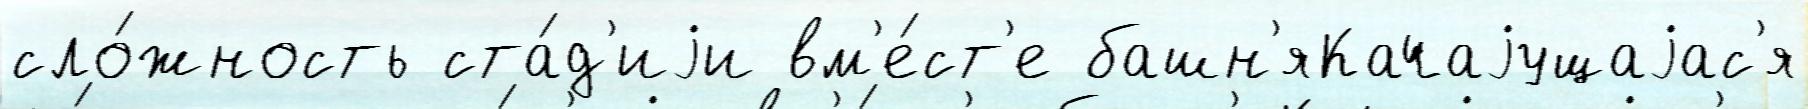
сло́жность ста́д'иjи вм'е́ст'е башн'яКачаjущаjас'я